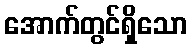
အောက်တွင်ရှိသော